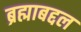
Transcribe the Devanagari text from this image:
ब्रह्माबद्दल